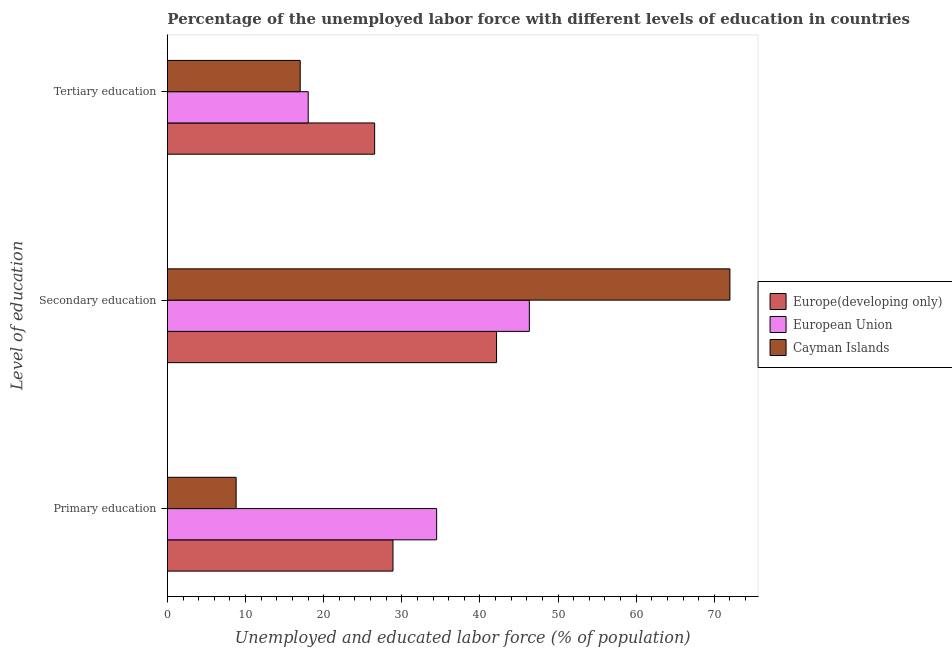
| Level of education | Europe(developing only) | European Union | Cayman Islands |
 | --- | --- | --- | --- |
 | Primary education | 28.9 | 34.5 | 8.8 |
 | Secondary education | 42.1 | 46.3 | 72 |
 | Tertiary education | 26.5 | 18 | 17 |